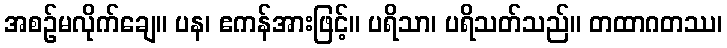
အစဉ်မလိုက်ချေ။ ပန၊ ဧကန်အားဖြင့်။ ပရိသာ၊ ပရိသတ်သည်။ တထာဂတဿ၊